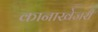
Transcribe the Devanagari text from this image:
कानाखेजरी